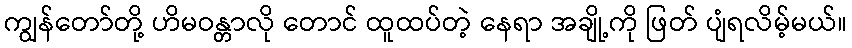
ကျွန်တော်တို့ ဟိမဝန္တာလို တောင် ထူထပ်တဲ့ နေရာ အချို့ကို ဖြတ် ပျံရလိမ့်မယ်။